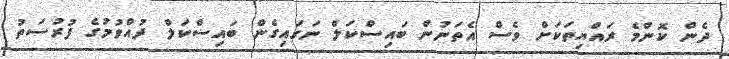
ދެން ކޮންމެ ރައްޔިތަކަށް ވެސް އެތަނުން ބައިސްކަލް ނަގައިގެން ބައިސްކަލް ދުއްވުމުގެ ފުރުސަތު